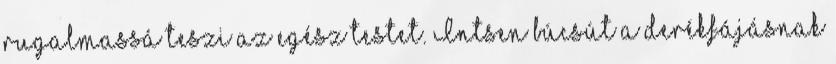
rugalmassá teszi az egész testet. Intsen búcsút a derékfájásnak